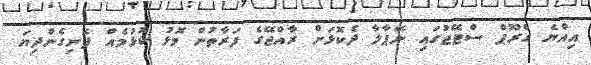
އިއްޔެ ގްރޫޕް ސްޓޭޖުގައި ނޭޕާލާ ދެކޮޅަށް ރާއްޖޭގެ ފަރާތުން މޮޅު ކުޅުމެއް ފެނިގެންދިޔަ